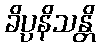
ခိပ္ပနိသန္တိ